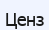
Ценз